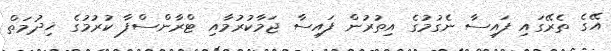
އޭގެ ތެރޭގައި ފައިސާ ނެގުމުގެ އިތުރުން ފައިސާ ޖަމާކުރުމާއި ޓްރާންސްފާ ކުރުމުގެ ޚިދުމަތް